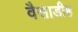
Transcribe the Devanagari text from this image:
वैसाडीह